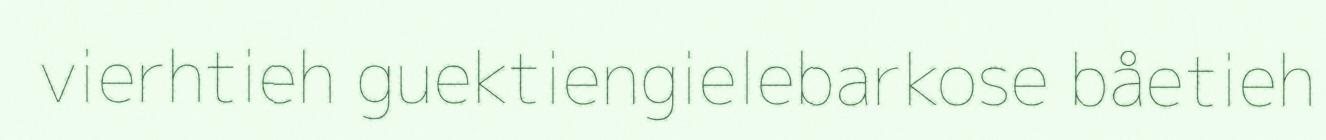
vierhtieh guektiengielebarkose båetieh